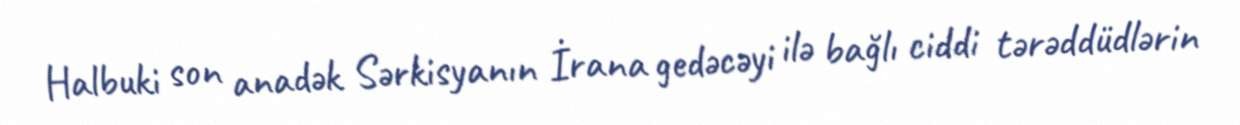
Halbuki son anadək Sərkisyanın İrana gedəcəyi ilə bağlı ciddi tərəddüdlərin